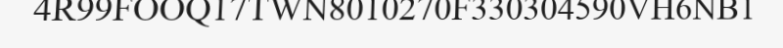
4R99FOOQ17TWN8010270F330304590VH6NB1